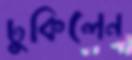
ঢুকিলেন